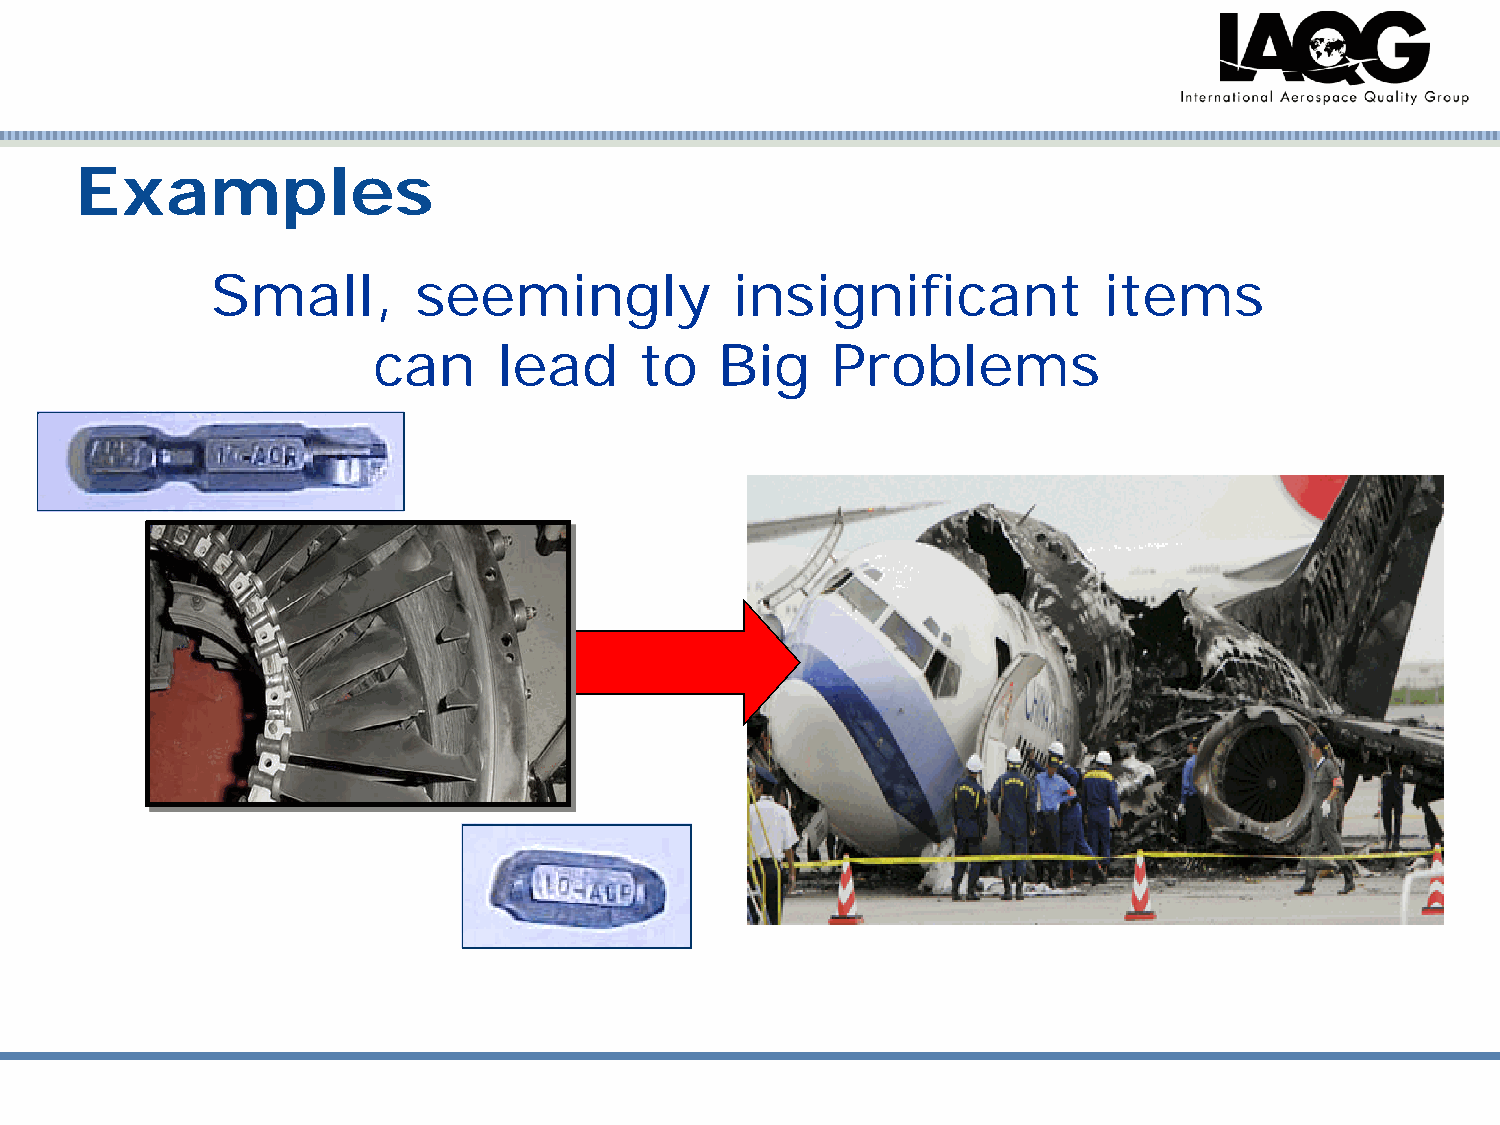
Examples
 Small,       seemingly            insignificant            items
 can     lead     to    Big    Problems